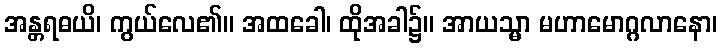
အန္တရဓယိ၊ ကွယ်လေ၏။ အထခေါ၊ ထိုအခါ၌။ အာယသ္မာ မဟာမောဂ္ဂလာနော၊